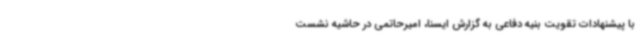
با پیشنهادات تقویت بنیه دفاعی به گزارش ایسنا، امیرحاتمی در حاشیه نشست